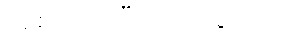
အစာငတ်ပြီး သေသွားတာ။